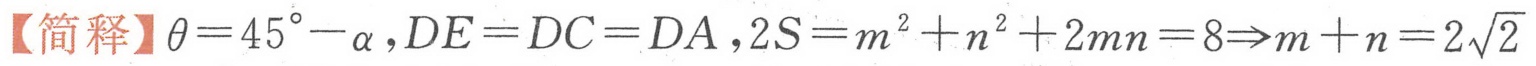
【简释】\(\theta = 45^{\circ}-\alpha\)，\(DE = DC = DA\)，\(2S=m^{2}+n^{2}+2mn = 8\Rightarrow m + n = 2\sqrt{2}\)